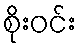
စိုးဝင်း